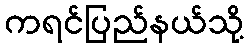
ကရင်ပြည်နယ်သို့